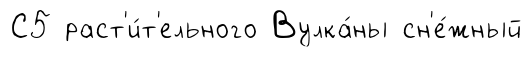
С5 раст'и́т'ельного Вулка́ны сн'е́жный